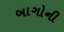
બાગોની